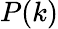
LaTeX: P(k)